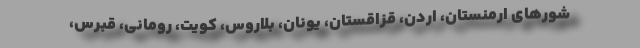
شورهای ارمنستان، اردن، قزاقستان، یونان، بلاروس، کویت، رومانی، قبرس،